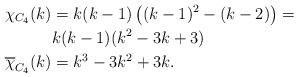
LaTeX: \begin{align*}\chi_{C_4}(k)&=k(k-1)\left( (k-1)^2-(k-2)\right)=\\&k(k-1)(k^2-3k+3)\\\overline{\chi}_{C_4}(k)&=k^3-3k^2+3k.\end{align*}